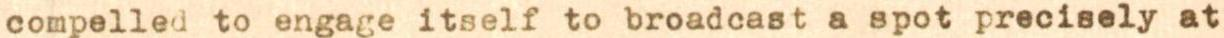
compelled to engage itself to broadcast a spot precisely at